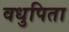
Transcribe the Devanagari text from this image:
वधुपिता